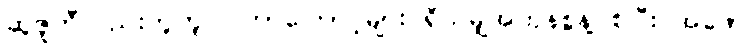
ဆူဇူကီလည်းတူတူပဲ၊ ဘာကြောင့်များ ရှိသမျှအကုန်စွန့်ပစ်ပြီး အဖော်